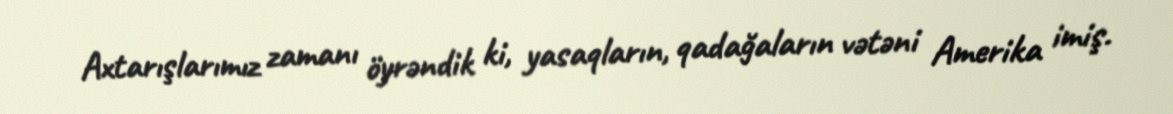
Axtarışlarımız zamanı öyrəndik ki, yasaqların, qadağaların vətəni Amerika imiş.